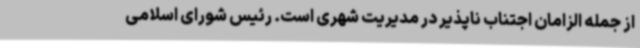
از جمله الزامان اجتناب ناپذیر در مدیریت شهری است. رئیس شورای اسلامی